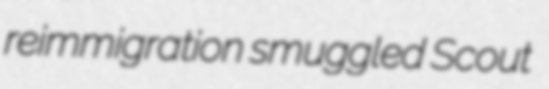
reimmigration smuggled Scout